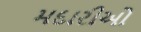
મદારીઓ